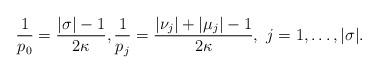
LaTeX: \begin{align*}\frac{1}{p_0}=\frac{|\sigma|-1}{2\kappa},\frac{1}{p_j}=\frac{|\nu_j|+|\mu_j|-1}{2\kappa},\ j=1,\ldots,|\sigma|.\end{align*}